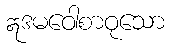
ဣဒမဝေါစာဝုသော